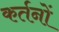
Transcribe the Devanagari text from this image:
कर्तनों